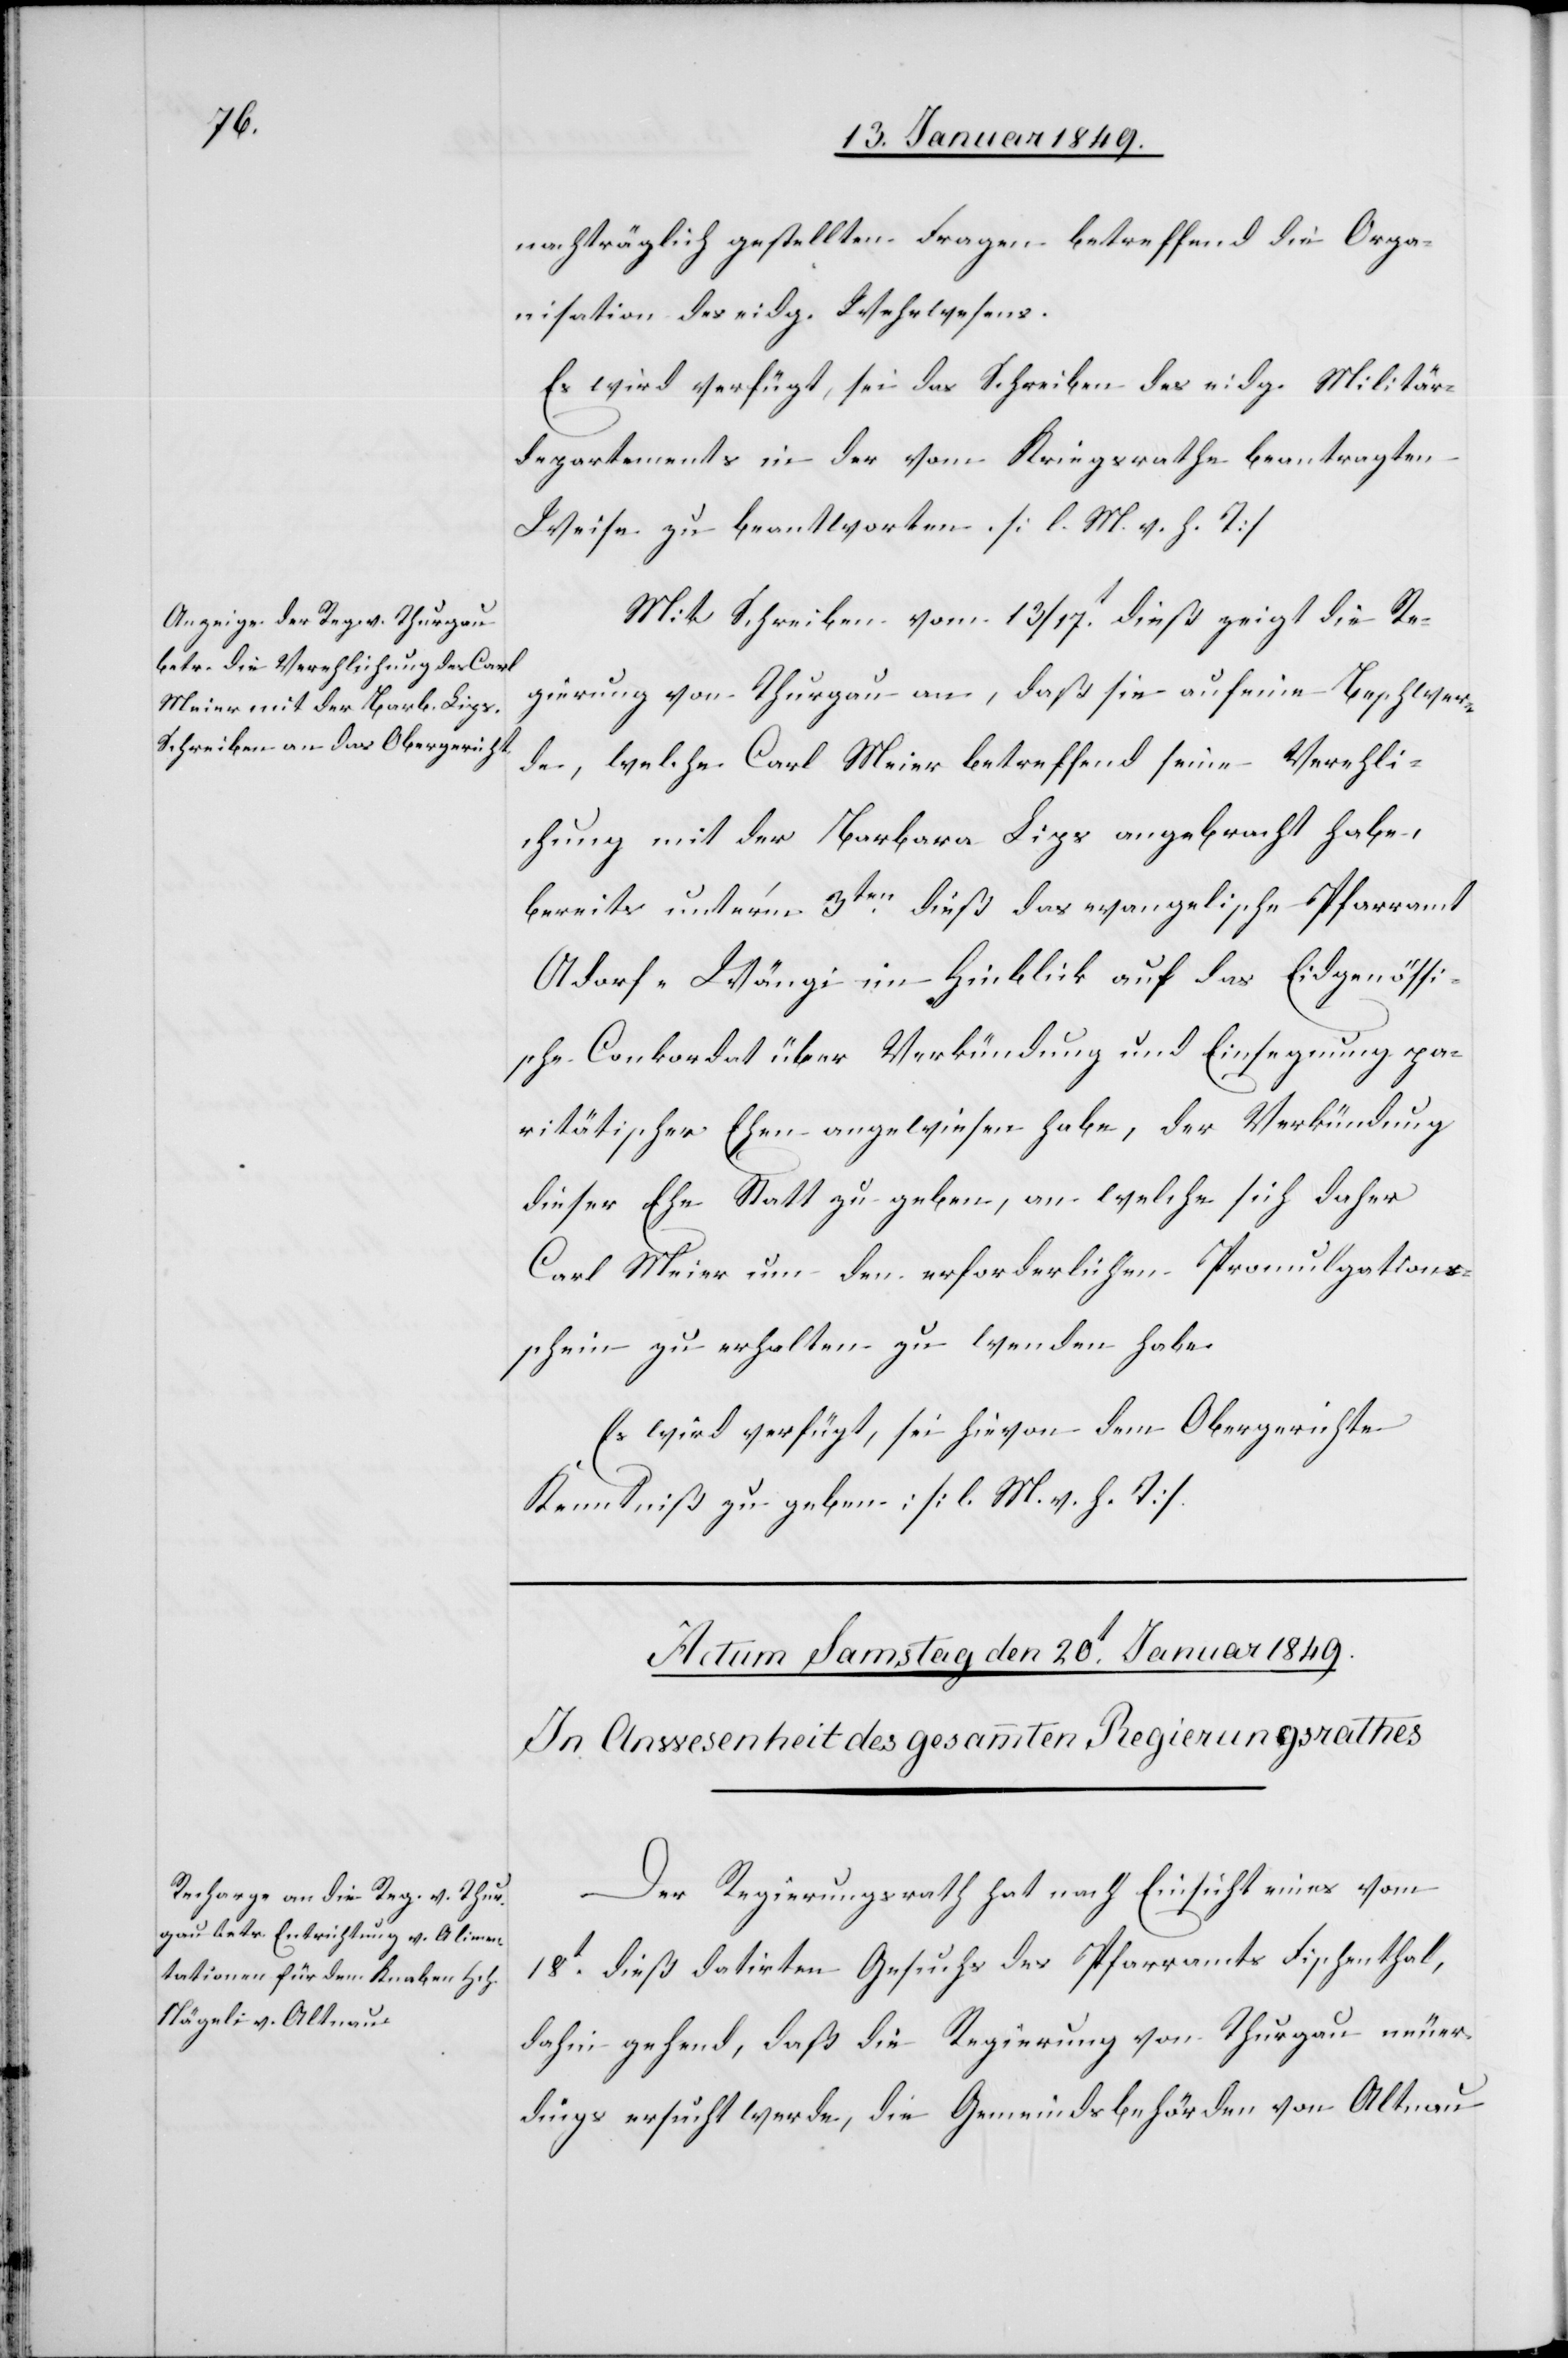
19. Januar 1849.]
nachträglich gestellten Fragen betreffend die Orga¬
nisation des eidg. Wehrwesens.
Es wird verfügt, sei das Schreiben des eidg. Militär¬
departements in der vom Kriegsrathe beantragten
Weise zu beantworten. [l. M. v. h. T]
Mit Schreiben vom 13/17t. dieß zeigt die Re¬
gierung von Thurgau an, daß sie auf eine Beschwer¬
de, welche Carl Meier betreffend seine Verehli¬
chung mit der Barbara Lips angebracht habe,
bereits unter’m 3ten. dieß das evangelische Pfarramt
Adorf-Wängi im Hinblick auf das Eidgenössi¬
sche Conkordat über Verkündung und Einsegnung pa¬
ritätischer Ehen angewiesen habe, der Verkündung
dieser Ehe Statt zu geben, an welche sich daher
Carl Meier um den erforderlichen Promulgations¬
schein zu erhalten zu wenden habe.
Es wird verfügt, sei hievon dem Obergerichte
Kenntniß zu geben: [l. M. v. h. T]
Der Regierungsrath hat nach Einsicht eines vom
18t. dieß datirten Gesuchs des Pfarramts Fischenthal,
dahin gehend, daß die Regierung von Thurgau neuer¬
dings ersucht werde, die Gemeindsbehörden von Altnau